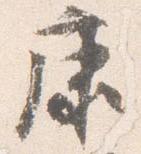
康